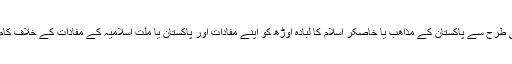
اور کسی بھی طرح سے پاکستان کے مذاھب یا خاصکر اسلام کا لبادہ اوڑھ کو اپنے مفادات اور پاکستان یا ملت اسلامیہ کے مفادات کے خلاف کام نہیں کرتے۔